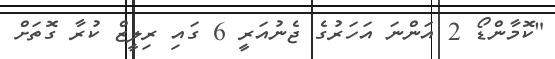
"ކޮމާންޑޯ 2 އަންނަ އަހަރުގެ ޖެނުއަރީ 6 ގައި ރިލީޒް ކުރާ ގޮތަށް